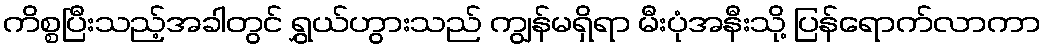
ကိစ္စပြီးသည့်အခါတွင် ရွှယ်ဟွားသည် ကျွန်မရှိရာ မီးပုံအနီးသို့ ပြန်ရောက်လာကာ